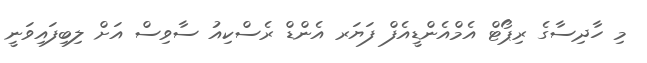
މި ހާދިސާގެ ރިޕޯޓް އެމްއެންޑީއެފް ފަޔަރ އެންޑް ރެސްކިއު ސާވިސް އަށް ލިބިފައިވަނީ